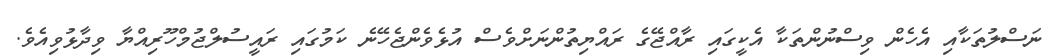
ނަސްލުތަކާއި އެހެން ވިސްނުންތަކާ އެކީގައި ރާއްޖޭގެ ރައްޔިތުންނަށްވެސް އުޅެވެންޖެހޭނެ ކަމުގައި ރައީސުލްޖުމްހޫރިއްޔާ ވިދާޅުވިއެވެ.